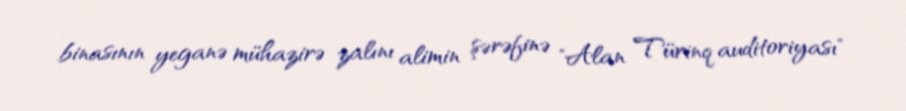
binasının yeganə mühazirə zalını alimin şərəfinə "Alan Türinq auditoriyası"